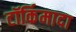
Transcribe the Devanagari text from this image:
टॉर्किमादा